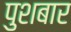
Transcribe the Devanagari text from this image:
पुशबार